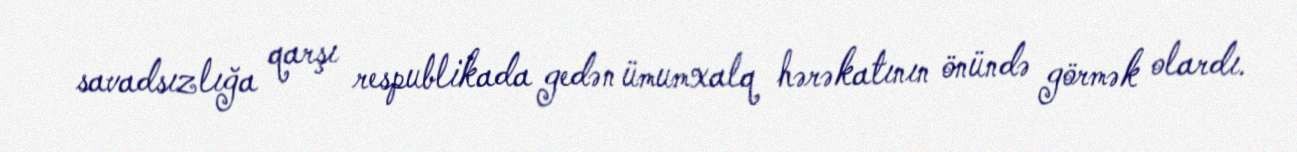
savadsızlığa qarşı respublikada gedən ümumxalq hərəkatının önündə görmək olardı.